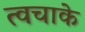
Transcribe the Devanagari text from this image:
त्वचाके